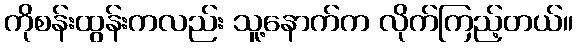
ကိုစန်းထွန်းကလည်း သူ့နောက်က လိုက်ကြည့်တယ်။